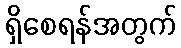
ရှိစေရန်အတွက်